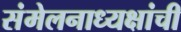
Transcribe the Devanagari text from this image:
संमेलनाध्यक्षांची